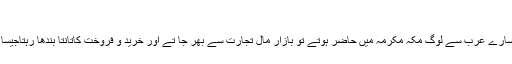
”
حج کے دنوں میں جب سارے عرب سے لوگ مکہ مکرمہ میں حاضر ہوتے تو بازار مالِ تجارت سے بھر جا تے اور خرید و فروخت کاتانتا بندھا رہتاجیسا کہ آج کل بھی ہوتا ہے۔